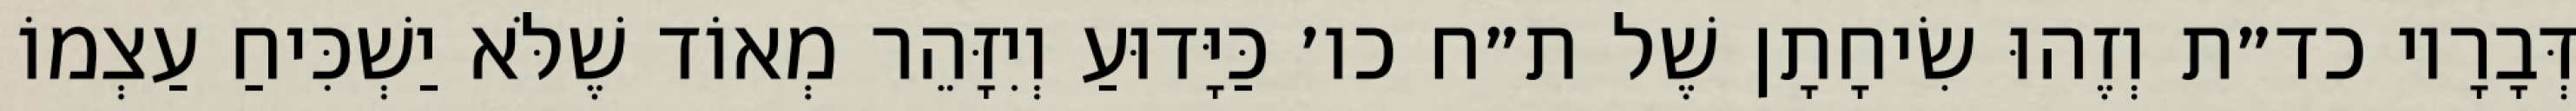
דְּבָרָיו כד״ת וְזֶהוּ שִׂיחָתָן שֶׁל ת״ח כו׳ כַּיָּדוּעַ וְיִזָּהֵר מְאוֹד שֶׁלֹּא יַשְׁכִּיחַ עַצְמוֹ